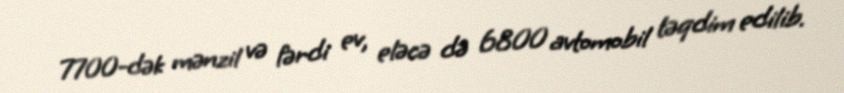
7700-dək mənzil və fərdi ev, eləcə də 6800 avtomobil təqdim edilib.